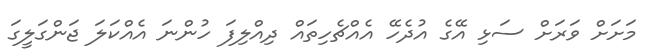
މަށަށް ވަރަށް ސަޅި އޭގެ އުދެހޭ އެއްޗެހިތައް ދިއްލިފަ ހުންނަ އެއްކަލަ ޖަންގަލީގަ